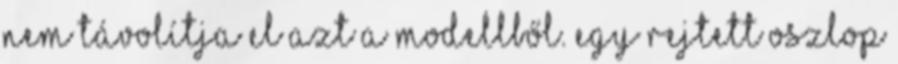
nem távolítja el azt a modellből. Egy rejtett oszlop